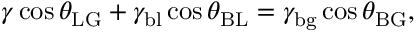
\gamma \cos \theta _ { \mathrm { L G } } + \gamma _ { \mathrm { b l } } \cos \theta _ { \mathrm { B L } } = \gamma _ { \mathrm { b g } } \cos \theta _ { \mathrm { B G } } ,